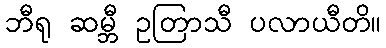
ဘီရု ဆမ္ဘီ ဥတြာသီ ပလာယီတိ။